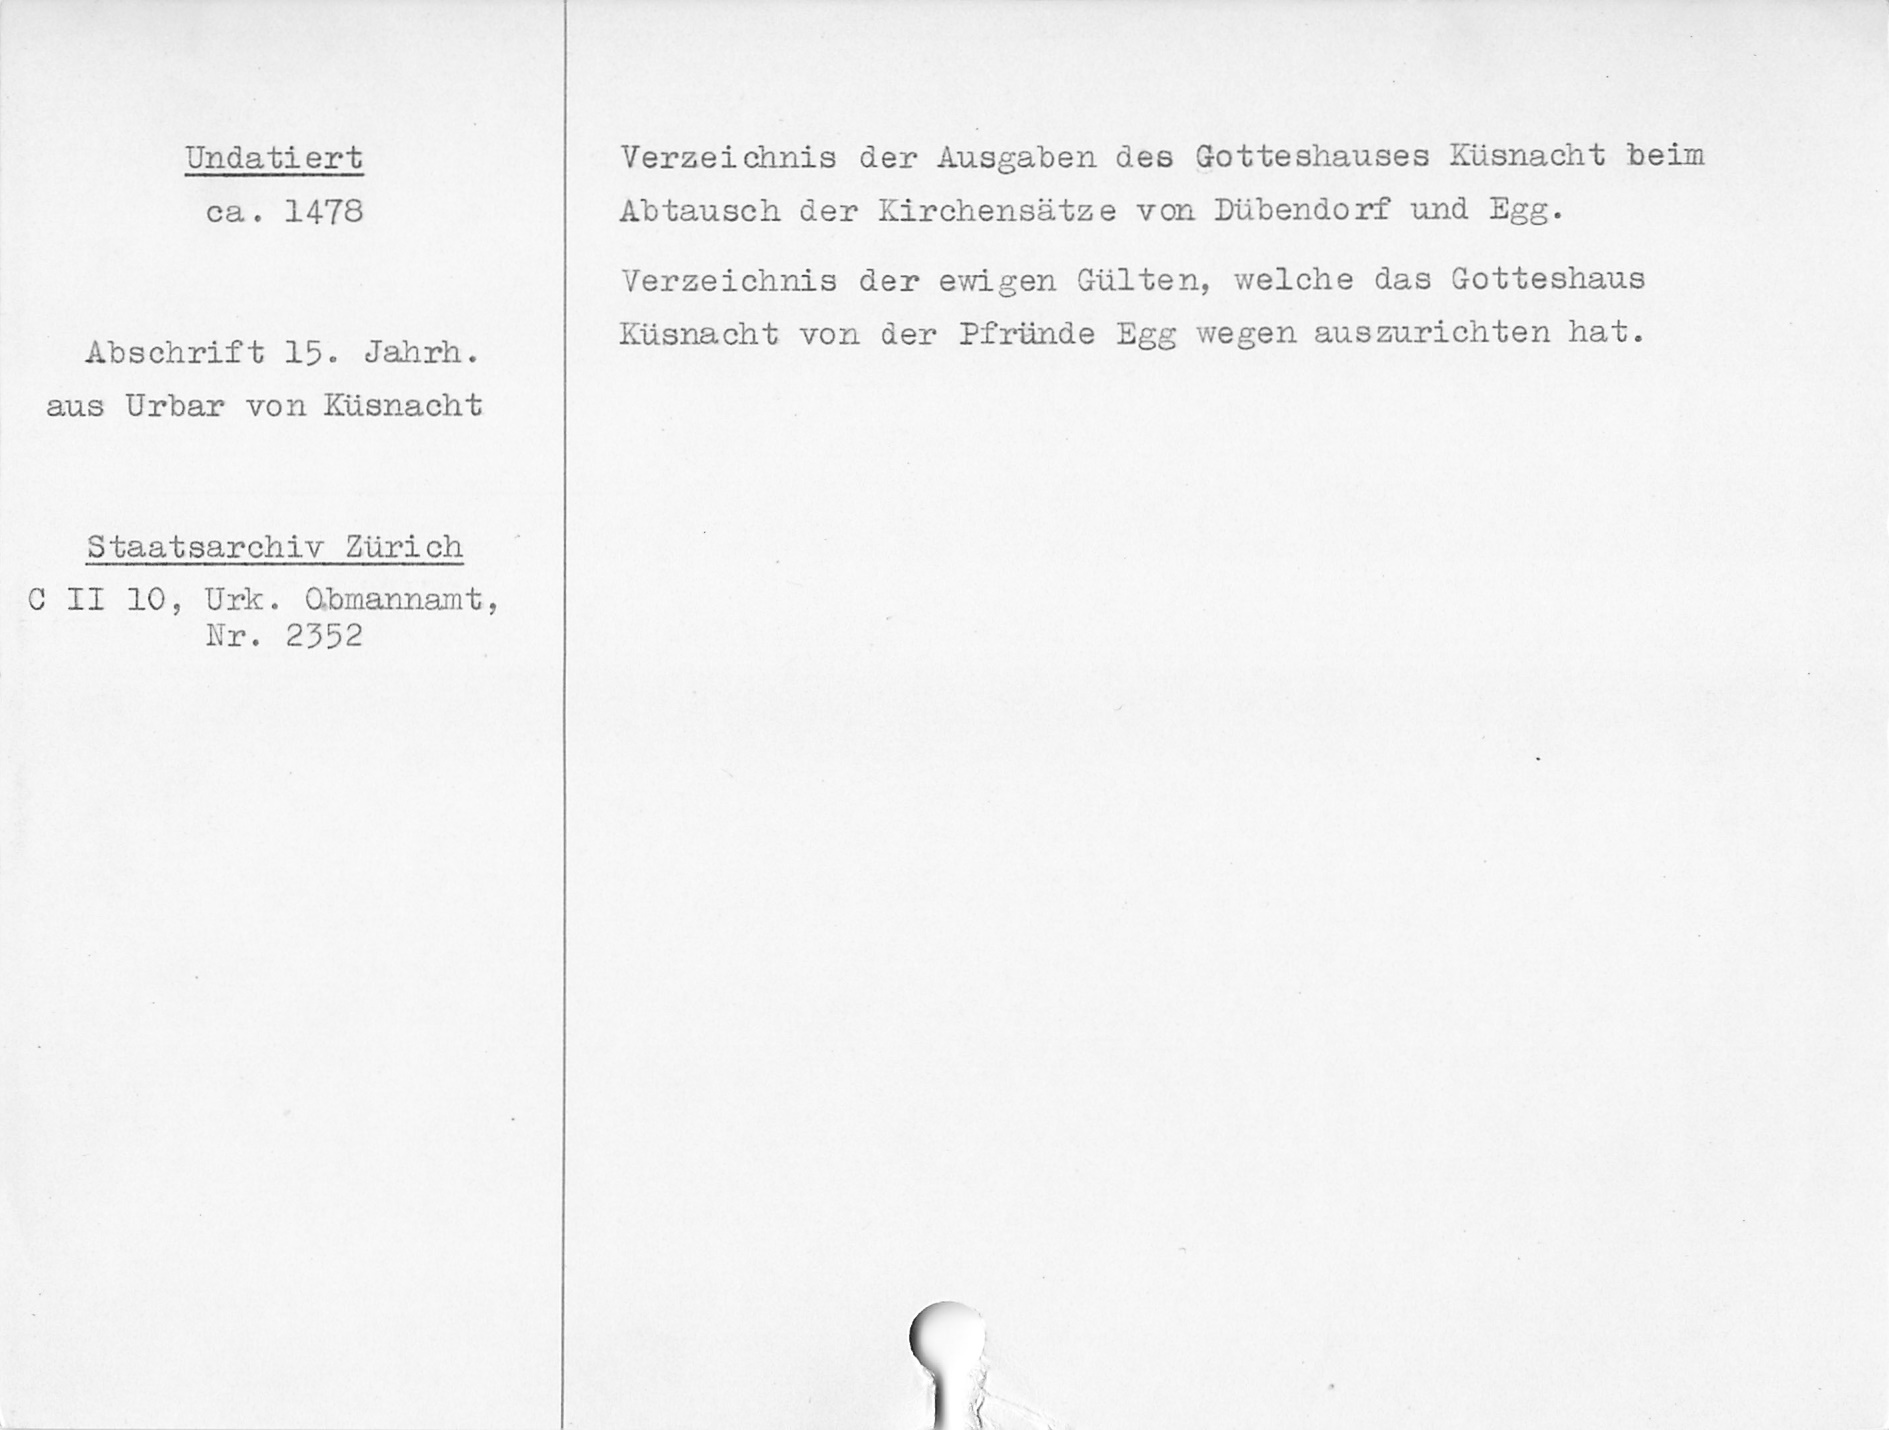
Undatiert
ca. 1478
Abschrift 15. Jahrh.
aus Urbar von Küsnacht
Staatsarchiv Zürich
C II 10, Urk. Obmannamt,
Nr. 2352

Verzeichnis der Ausgaben des Gotteshauses Küsnacht beim
Abtausch der Kirchensätze von Dübendorf und Egg.
Verzeichnis der ewigen Gülten, welche das Gotteshaus
Küsnacht von der Pfründe Egg wegen auszurichten hat.